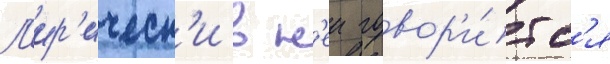
Л'ир'ическ'и в н'еи говор'и́тс'я